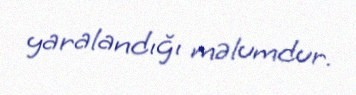
yaralandığı məlumdur.